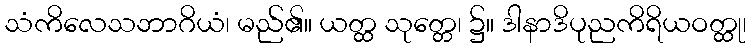
သံကိလေသဘာဂိယံ၊ မည်၏။ ယတ္ထ သုတ္တေ၊ ၌။ ဒါနာဒိပုညကိရိယဝတ္ထု၊